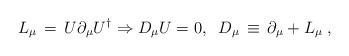
LaTeX: \begin{align*}L_{\mu} \,=\, U\partial_{\mu} U^{\dag} \Rightarrow D_{\mu}U =0, \;\;D_{\mu} \,\equiv \, \partial_{\mu} + L_{\mu} \;,\end{align*}